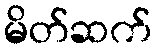
မိတ်ဆက်